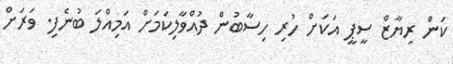
ކަން ރިޔާޒް ސީޕީ އަކަށް ހުރި ހިސާބުން ދުއްވާލިކަމަށް އަމިއްލަ ބުނެފި. ވަރަށް